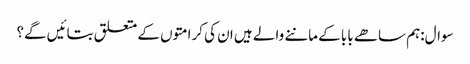
سوال:ہم ساھے بابا کے ماننے والے ہیں ان کی کرامتوں کے متعلق بتائیں گے؟